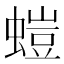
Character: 螘